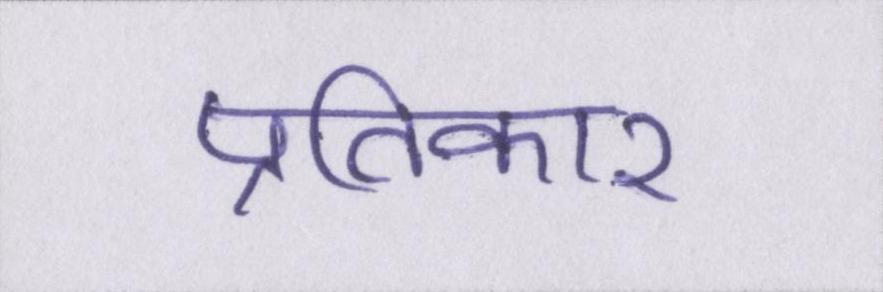
प्रतिकार